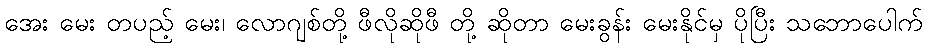
အေး မေး တပည့် မေး၊ လောဂျစ်တို့ ဖီလိုဆိုဖီ တို့ ဆိုတာ မေးခွန်း မေးနိုင်မှ ပိုပြီး သဘောပေါက်